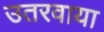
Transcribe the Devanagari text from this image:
उतरवाया